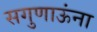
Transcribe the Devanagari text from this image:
सगुणाऊंना